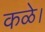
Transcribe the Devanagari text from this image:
कळे।